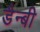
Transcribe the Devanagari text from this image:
डैन्बी